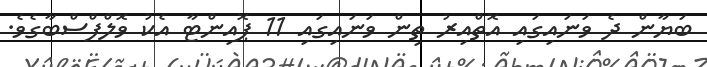
ބަޔާން ދެ ވަނައިގައި އޮތްއިރު ތިން ވަނައިގައި 11 ޕޮއިންޓާ އެކު ވޮލްފްސްބާގެވެ.